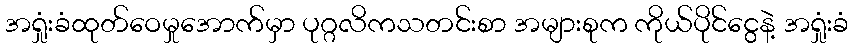
အရှုံးခံထုတ်ဝေမှုအောက်မှာ ပုဂ္ဂလိကသတင်းစာ အများစုက ကိုယ်ပိုင်ငွေနဲ့ အရှုံးခံ